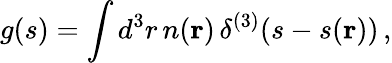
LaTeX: g(s)=\int d^{3}r\, n({\mathbf r})\, \delta^{(3)}(s-s({\mathbf r}))\, ,